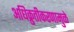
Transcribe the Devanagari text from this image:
अधिक्रुतीकरणामुळे